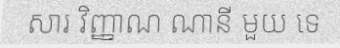
សារ វិញ្ញាណ ណានី មួយ ទេ